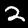
Digit: 2